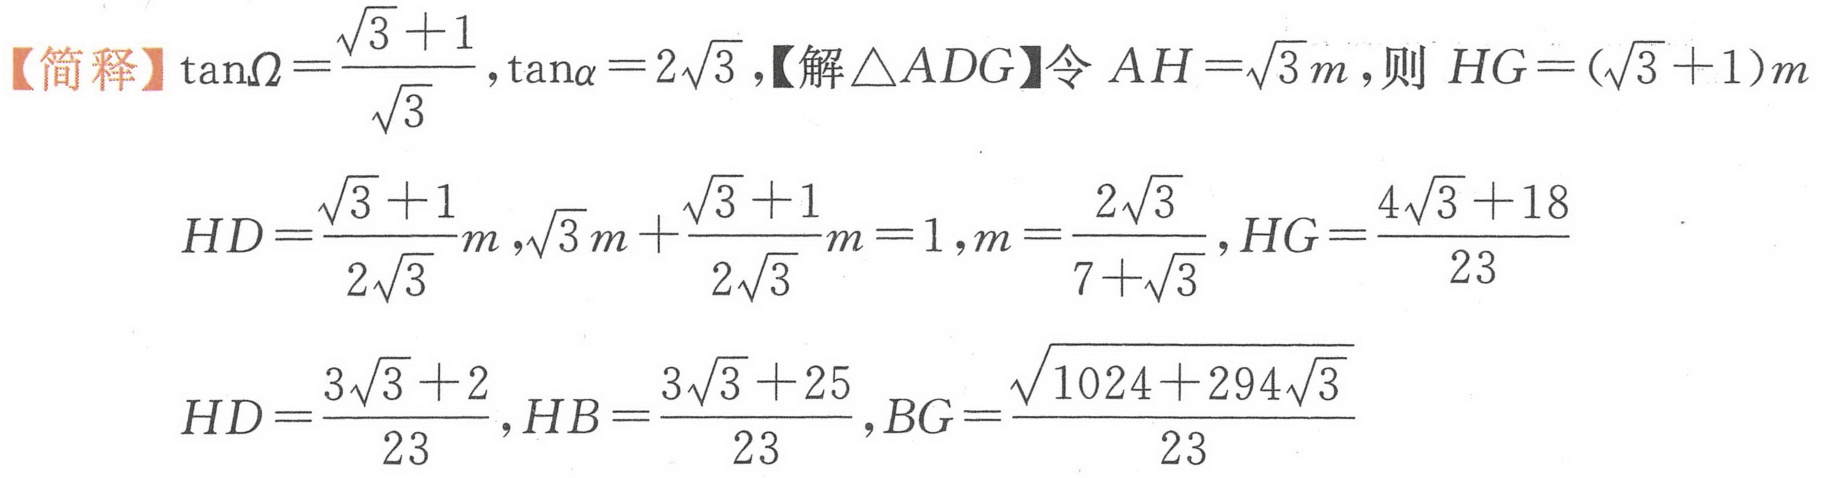
【简释】\(\tan\Omega=\frac{\sqrt{3} + 1}{\sqrt{3}}\)，\(\tan\alpha = 2\sqrt{3}\)，【解\(\triangle ADG\)】令 \(AH=\sqrt{3}m\)，则 \(HG = (\sqrt{3}+1)m\)
\(HD=\frac{\sqrt{3} + 1}{2\sqrt{3}}m\)，\(\sqrt{3}m+\frac{\sqrt{3} + 1}{2\sqrt{3}}m = 1\)，\(m=\frac{2\sqrt{3}}{7+\sqrt{3}}\)，\(HG=\frac{4\sqrt{3}+18}{23}\)
\(HD=\frac{3\sqrt{3}+2}{23}\)，\(HB=\frac{3\sqrt{3}+25}{23}\)，\(BG=\frac{\sqrt{1024 + 294\sqrt{3}}}{23}\)